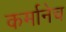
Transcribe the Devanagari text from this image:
कर्मानेच